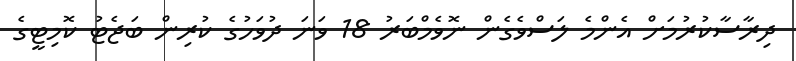
ދިރާސާކުރުމަށް އެންމެ ލަސްވެގެން ނޮވެމްބަރު 18 ވަނަ ދުވަހުގެ ކުރިން ބަޖެޓު ކޮމިޓީގެ